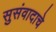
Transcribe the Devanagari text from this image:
सुसंवादाचे